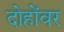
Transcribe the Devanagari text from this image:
दोहोंवर